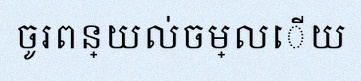
ចូរពន្យល់ចម្លើយ